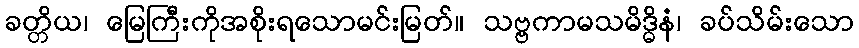
ခတ္တိယ၊ မြေကြီးကိုအစိုးရသောမင်းမြတ်။ သဗ္ဗကာမသမိဒ္ဓိနံ၊ ခပ်သိမ်းသော